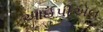
આઈપીએલ